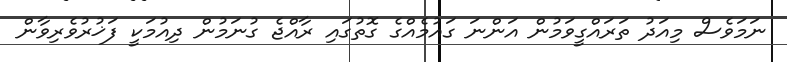
ނަމަވެސް މިއަދު ތަރައްގީވަމުން އަންނަ ގައުމެއްގެ ގޮތުގައި ރާއްޖެ ގުނަމުން ދިއުމަކީ ފަޚުރުވެރިވާން